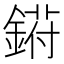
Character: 𬫰